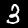
Label: 3